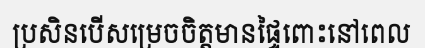
ប្រសិនបើសម្រេចចិត្តមានផ្ទៃពោះនៅពេល